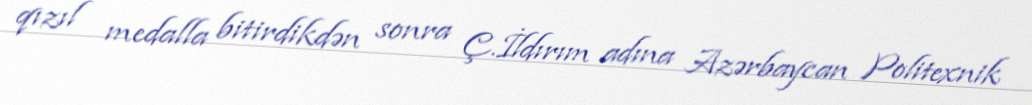
qızıl medalla bitirdikdən sonra Ç.İldırım adına Azərbaycan Politexnik